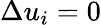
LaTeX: \Delta u_{i}=0